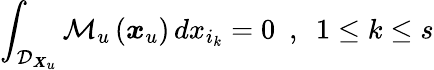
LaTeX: \int_{\mathcal{D}_{\boldsymbol{X}_{u}}}\mathcal{M}_{u}\left(\boldsymbol{x}_{u}\right)\, dx_{i_{k}}=0\ \ ,\ \ 1\leq k\leq s